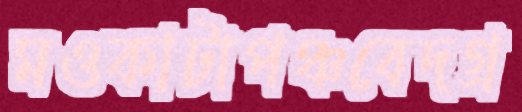
মওকাটাপঞ্চবেদগ্র